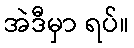
အဲဒီမှာ ရပ်။